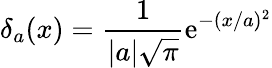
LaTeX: \delta_{a}(x)={\frac{1}{\left|a\right|{\sqrt{\pi}}}}\mathrm{e}^{-(x/a)^{2}}